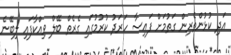
އަދި ކުޅުންތެރިން ގަތުމަށް ފައިސާ ހަރަދު ކުރުމުގައި ގެރެތް ބޭލް ވިއްކާފައި ލިބޭނެ